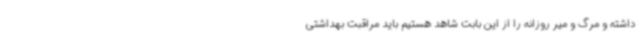
داشته و مرگ و میر روزانه را از این بابت شاهد هستیم باید مراقبت بهداشتی